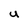
Character: U